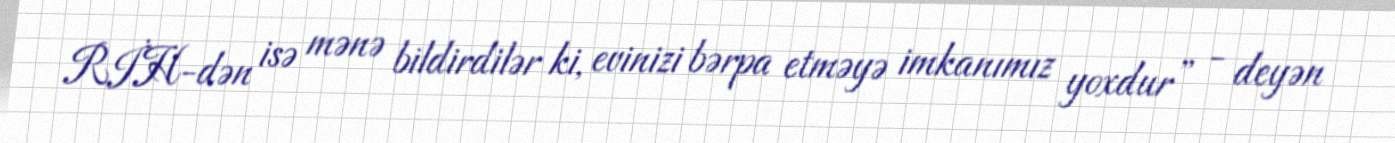
RİH-dən isə mənə bildirdilər ki, evinizi bərpa etməyə imkanımız yoxdur” - deyən